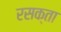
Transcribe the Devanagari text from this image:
रसक्ता